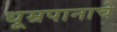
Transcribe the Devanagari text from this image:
धूम्रपानाचे